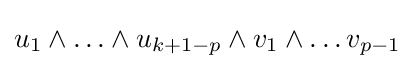
u_{1}\wedge \ldots \wedge u_{k+1-p}\wedge v_{1}\wedge \ldots v_{p-1}